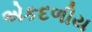
એકદળીય